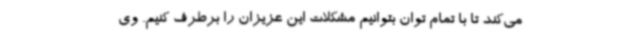
می‌کند تا با تمام توان بتوانیم مشکلات این عزیزان را برطرف کنیم. وی